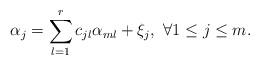
LaTeX: \begin{align*}\alpha_{j}=\sum_{l=1}^{r}c_{jl}\alpha_{ml}+\xi_{j},\ \forall 1\leq j\leq m.\end{align*}